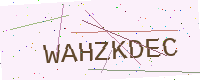
Text: WAHZKDEC